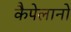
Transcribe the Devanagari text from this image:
कैपेलानो